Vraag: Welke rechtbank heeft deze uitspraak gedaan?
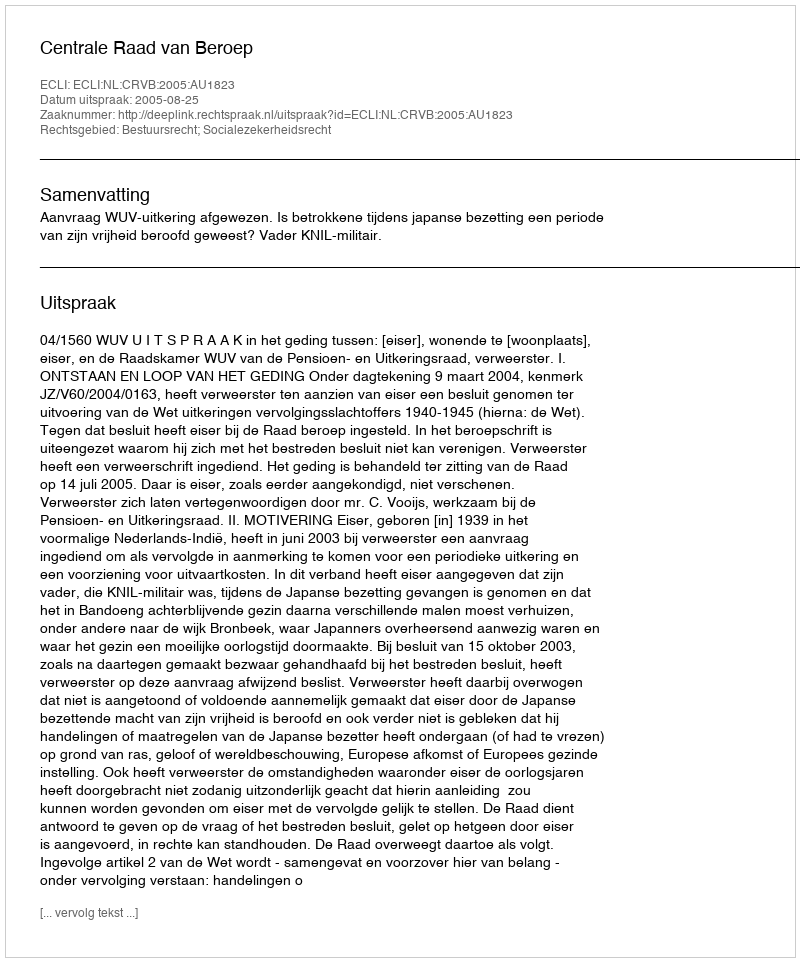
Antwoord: Centrale Raad van Beroep